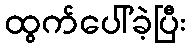
ထွက်ပေါ်ခဲ့ပြီး